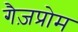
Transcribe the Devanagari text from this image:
गैज़प्रोम